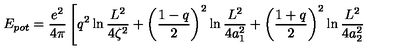
E _ { p o t } = \frac { e ^ { 2 } } { 4 \pi } \left[ q ^ { 2 } \ln \frac { L ^ { 2 } } { 4 \zeta ^ { 2 } } + \left( \frac { 1 - q } { 2 } \right) ^ { 2 } \ln \frac { L ^ { 2 } } { 4 a _ { 1 } ^ { 2 } } + \left( \frac { 1 + q } { 2 } \right) ^ { 2 } \ln \frac { L ^ { 2 } } { 4 a _ { 2 } ^ { 2 } } \right.